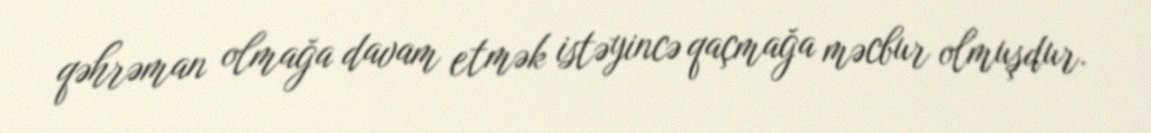
qəhrəman olmağa davam etmək istəyincə qaçmağa məcbur olmuşdur.